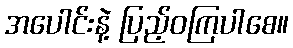
အပေါင်းနဲ့ ပြည့်ဝကြပါစေ။